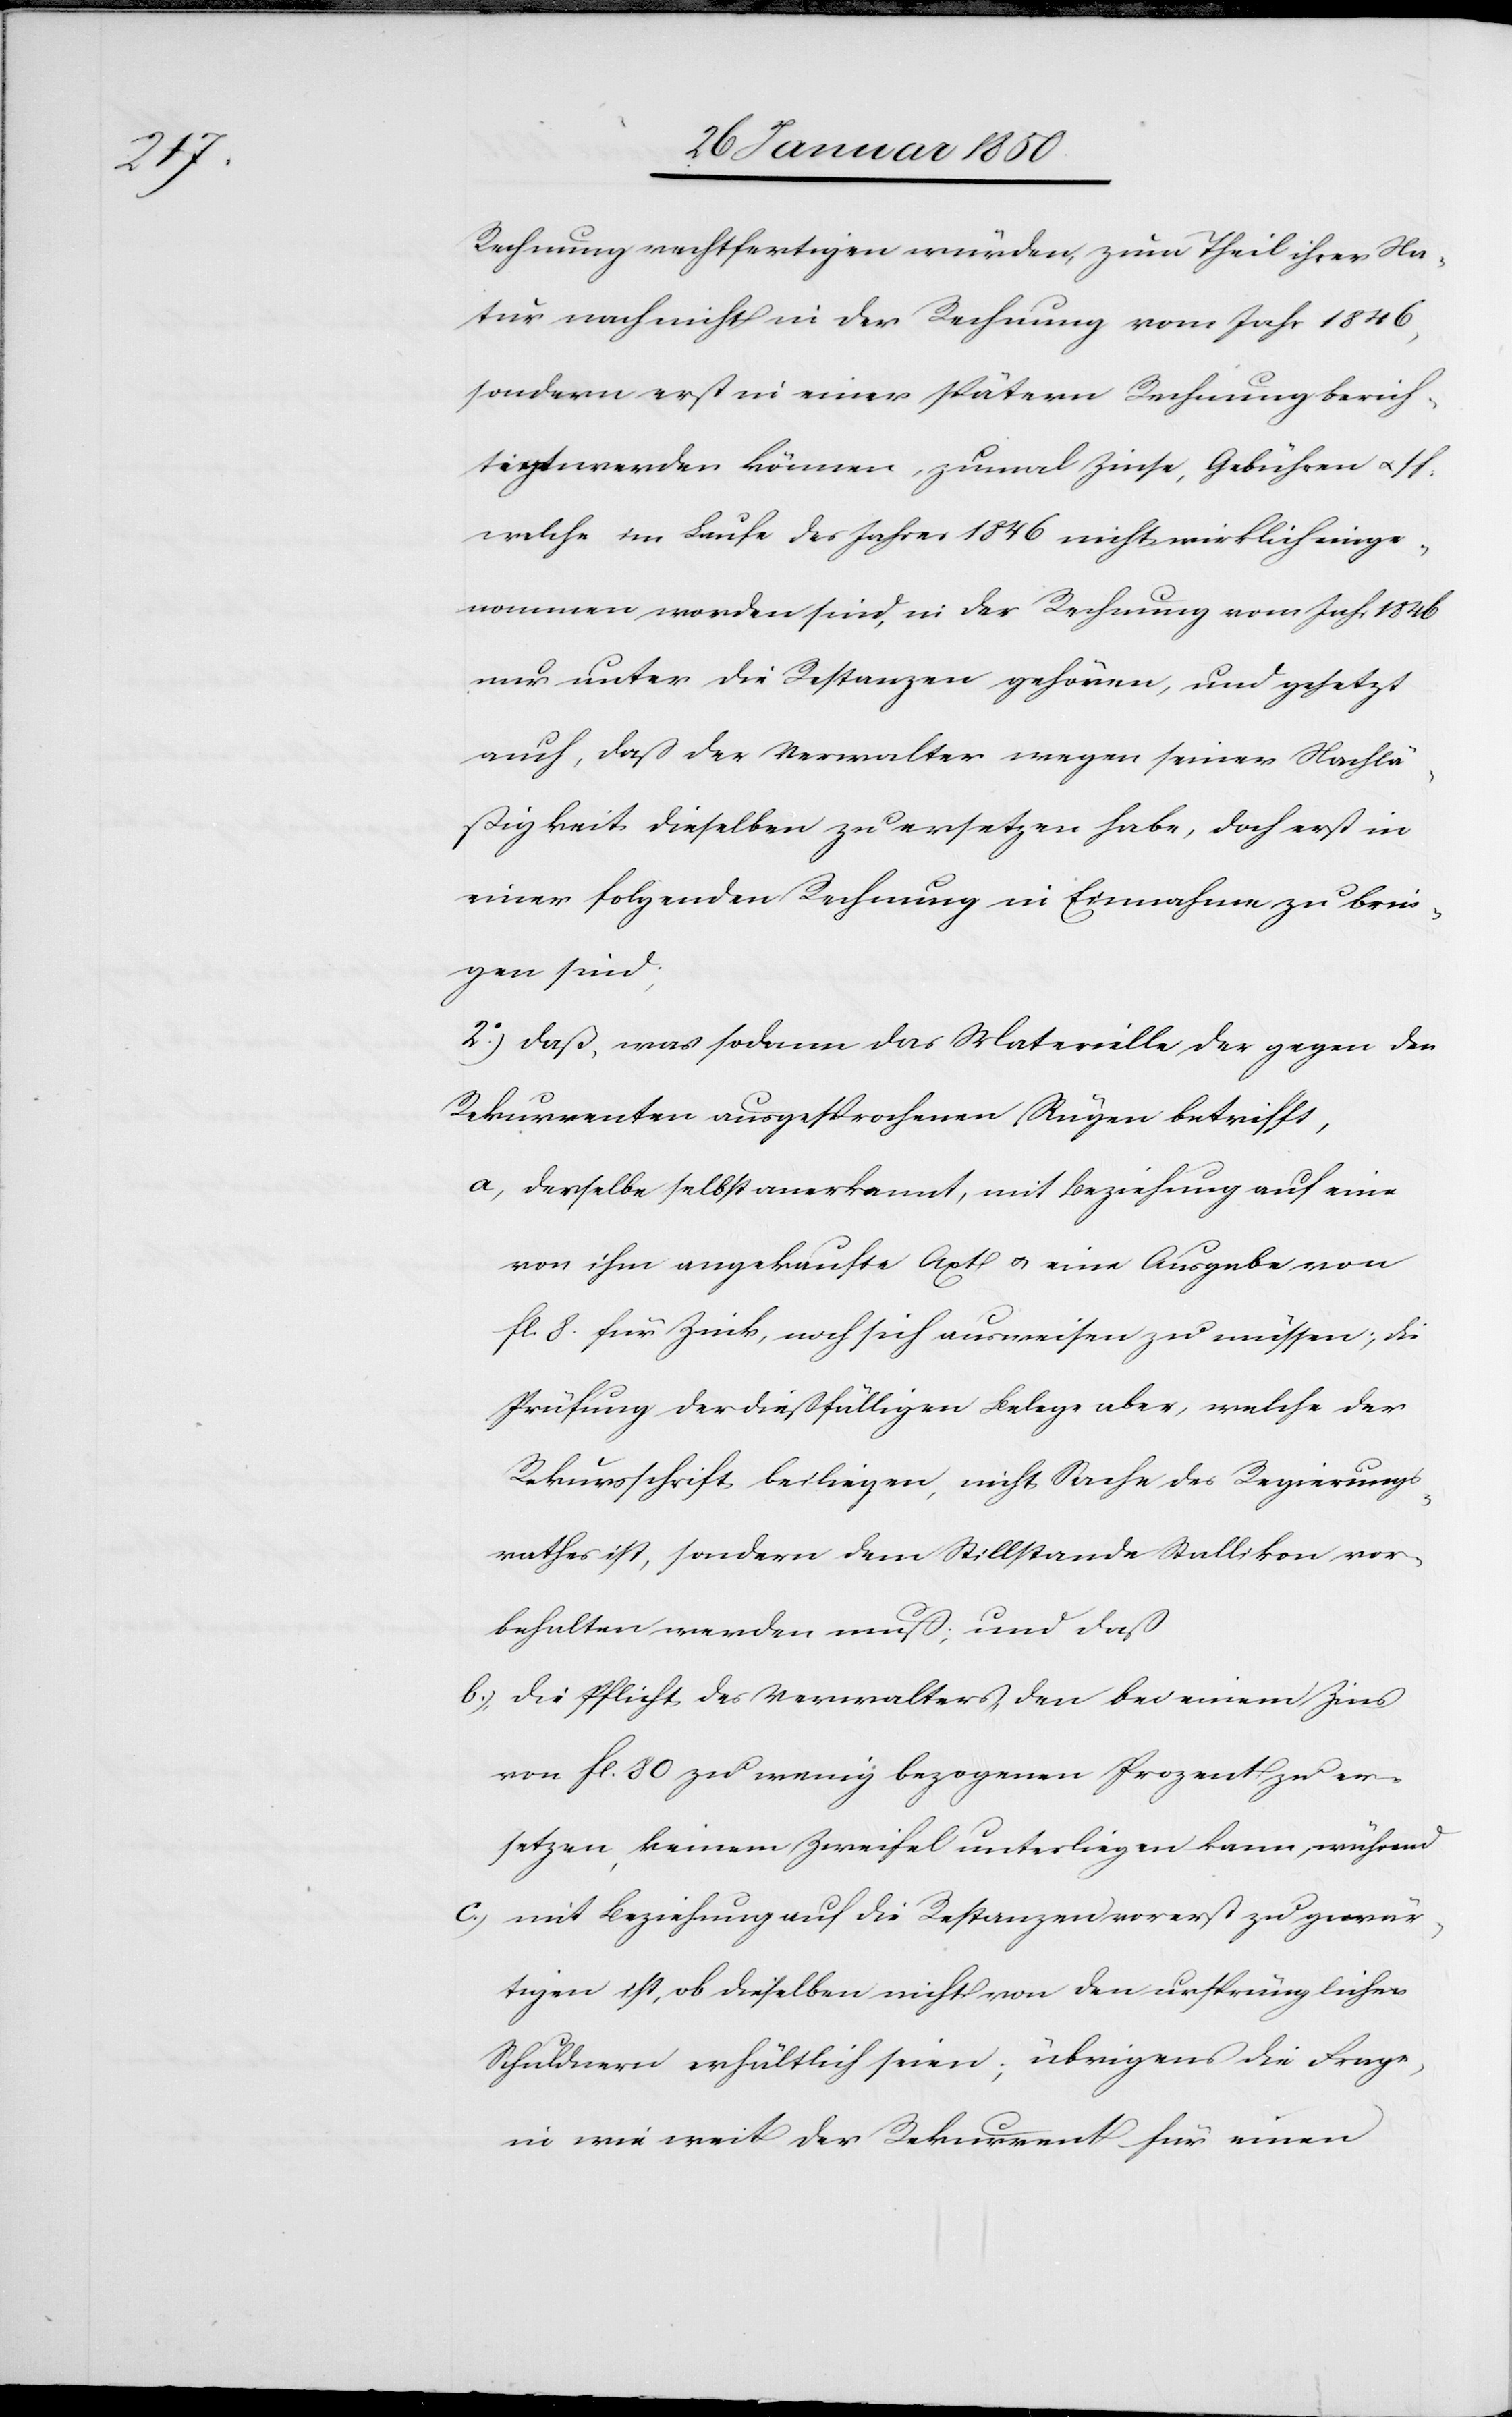
Rechnung rechtfertigen würden, zum Theil ihrer Na¬
tur nach nicht in der Rechnung vom Jahr 1846,
sondern erst in einer spätern Rechnung berich¬
tigt werden können, zumal Zinse, Gebühren u. s.
welche im Laufe des Jahres 1846 nicht wirklich einge¬
nommen worden sind, in der Rechnung vom Jahr 1846
nur unter die Restanzen gehören, und gesetzt
auch, daß der Verwalter wegen seiner Nachlä¬
ßigkeit dieselben zu ersetzen habe, doch erst in
einer folgenden Rechnung in Einnahme zu brin¬
gen sind;
2o.) Daß, was sodann das Materielle der gegen den
Rekurrenten ausgesprochenen Rügen betrifft,
a, derselbe selbst anerkannt, mit Beziehung auf eine
von ihm angekaufte Axt u. eine Ausgabe von
fl. 8 für Zink, noch sich ausweisen zu müssen; die
Prüfung der dießfälligen Belege aber, welche der
Rekursschrift beiliegen, nicht Sache des Regierungs¬
rathes ist, sondern dem Stillstande Stallikon vor¬
behalten werden muß; und daß
b.) die Pflicht des Verwalters, den bei einem Zins
von fl. 80 zu wenig bezogenen Prozent zu er¬
setzen, einem Zweifel unterliegen kann, während
c.) mit Beziehung auf die Restanzen vorerst zu gewär¬
tigen ist, ob dieselben nicht von den ursprünglichen
Schuldnern erhältlich seien; übrigens die Frage
in wie weit der Rekurrent für einen